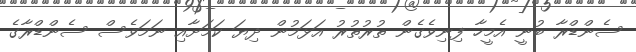
ސެންޑްރާ ބުނީ އެމީހާ ފިނިވެގެން ތުރުތުރު އަޅަމުން ދިޔަ ކަމަށާއި ނަމަވެސް ސެންޑްރާގެ